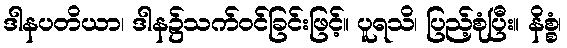
ဒါနပတိယာ၊ ဒါန၌သက်ဝင်ခြင်းဖြင့်။ ပူရသိ၊ ပြည့်စုံပြီး။ နိစ္စံ၊